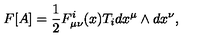
F [ A ] = \frac { 1 } { 2 } F _ { \mu \nu } ^ { i } ( x ) T _ { i } d x ^ { \mu } \wedge d x ^ { \nu } ,